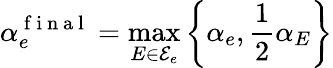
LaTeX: \alpha_{e}^{\mathrm{~f~i~n~a~l~}}=\operatorname*{max}_{E\in\mathcal{E}_{e}}\left\{ \alpha_{e},\frac{1}{2}\alpha_{E}\right\}